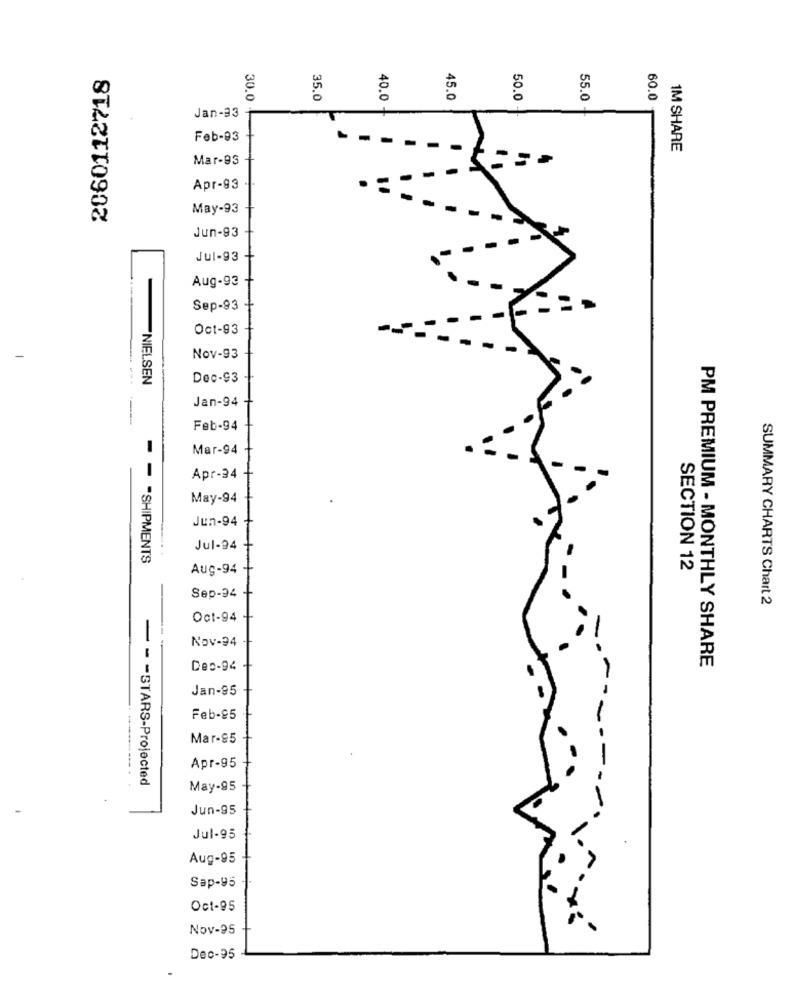
2060112718
30.0
35.0
40.0
45.0
0
55.0
60.0
50.0 -
Jan-33
Feb-93
1M SHARE
Mar-93
Apr-93
May-93
Jun-93
Jul-93
Aug-93
Sep-93
Oct-93
-
Nov-93
NIELSEN
Dec-93
Jan-94
Feb-94
Mar-94
Apr-34
May-94
Jun-94
Jul-94
- -- SHIPMENTS
Aug-94
SECTION 12
Sep-94
SUMMARY CHARTS Chart 2
Oct-94
Nov-94
Dec-94
PM PREMIUM - MONTHLY SHARE
Jan-95
Feb-85
Mar-95
Apr-95
- - - STARS-Projected
May-95
Jun-95
Jul-95
Aug-95
Sap-95
Oct-95
Nov-95
Dec-95